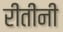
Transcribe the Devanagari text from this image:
रीतींनी